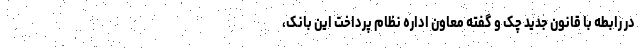
در رابطه با قانون جدید چک و گفته معاون اداره نظام پرداخت این بانک،